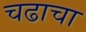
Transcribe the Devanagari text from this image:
चढाचा